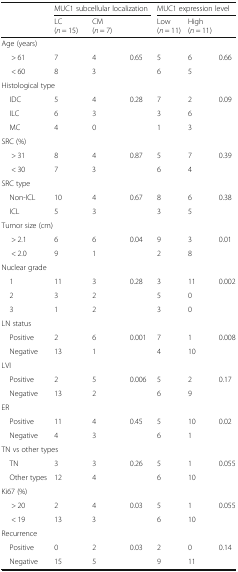
|  | <COLSPAN=3> MUC1 subcellular localization | <COLSPAN=3> MUC1 expression level |
 |  | LC (n = 15) | CM (n = 7) |  | Low (n = 11) | High (n = 11) |  |
 | --- | --- | --- | --- | --- | --- | --- |
 | <COLSPAN=7> Age (years) |
 | > 61 | 7 | 4 | 0.65 | 5 | 6 | 0.66 |
 | < 60 | 8 | 3 |  | 6 | 5 |  |
 | <COLSPAN=7> Histological type |
 | IDC | 5 | 4 | 0.28 | 7 | 2 | 0.09 |
 | ILC | 6 | 3 |  | 3 | 6 |  |
 | MC | 4 | 0 |  | 1 | 3 |  |
 | <COLSPAN=7> SRC (%) |
 | > 31 | 8 | 4 | 0.87 | 5 | 7 | 0.39 |
 | < 30 | 7 | 3 |  | 6 | 4 |  |
 | <COLSPAN=7> SRC type |
 | Non-ICL | 10 | 4 | 0.67 | 8 | 6 | 0.38 |
 | ICL | 5 | 3 |  | 3 | 5 |  |
 | <COLSPAN=7> Tumor size (cm) |
 | > 2.1 | 6 | 6 | 0.04 | 9 | 3 | 0.01 |
 | < 2.0 | 9 | 1 |  | 2 | 8 |  |
 | <COLSPAN=7> Nuclear grade |
 | 1 | 11 | 3 | 0.28 | 3 | 11 | 0.002 |
 | 2 | 3 | 2 |  | 5 | 0 |  |
 | 3 | 1 | 2 |  | 3 | 0 |  |
 | <COLSPAN=7> LN status |
 | Positive | 2 | 6 | 0.001 | 7 | 1 | 0.008 |
 | Negative | 13 | 1 |  | 4 | 10 |  |
 | <COLSPAN=7> LVI |
 | Positive | 2 | 5 | 0.006 | 5 | 2 | 0.17 |
 | Negative | 13 | 2 |  | 6 | 9 |  |
 | <COLSPAN=7> ER |
 | Positive | 11 | 4 | 0.45 | 5 | 10 | 0.02 |
 | Negative | 4 | 3 |  | 6 | 1 |  |
 | <COLSPAN=7> TN vs other types |
 | TN | 3 | 3 | 0.26 | 5 | 1 | 0.055 |
 | Other types | 12 | 4 |  | 6 | 10 |  |
 | <COLSPAN=7> Ki67 (%) |
 | > 20 | 2 | 4 | 0.03 | 5 | 1 | 0.055 |
 | < 19 | 13 | 3 |  | 6 | 10 |  |
 | <COLSPAN=7> Recurrence |
 | Positive | 0 | 2 | 0.03 | 2 | 0 | 0.14 |
 | Negative | 15 | 5 |  | 9 | 11 |  |